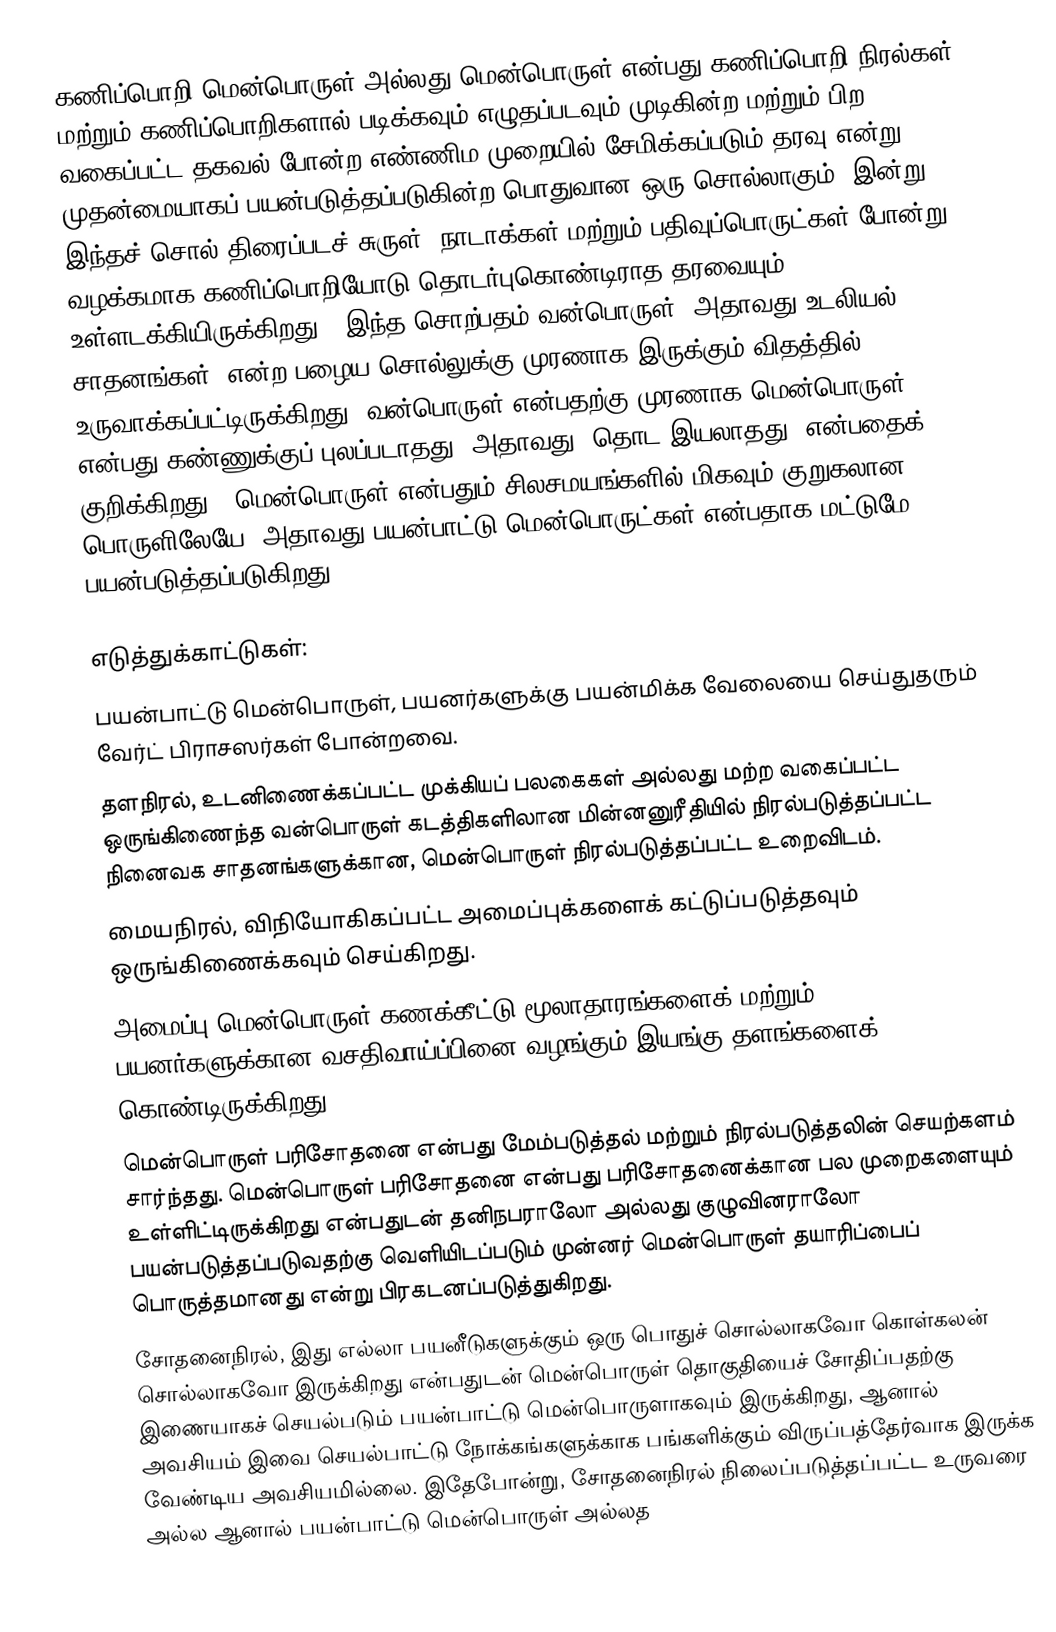
கணிப்பொறி மென்பொருள் அல்லது மென்பொருள் என்பது கணிப்பொறி நிரல்கள் மற்றும் கணிப்பொறிகளால் படிக்கவும் எழுதப்படவும் முடிகின்ற மற்றும் பிற வகைப்பட்ட தகவல் போன்ற எண்ணிம முறையில் சேமிக்கப்படும் தரவு என்று முதன்மையாகப் பயன்படுத்தப்படுகின்ற பொதுவான ஒரு சொல்லாகும். இன்று இந்தச் சொல் திரைப்படச் சுருள், நாடாக்கள் மற்றும் பதிவுப்பொருட்கள் போன்று வழக்கமாக கணிப்பொறியோடு தொடர்புகொண்டிராத தரவையும் உள்ளடக்கியிருக்கிறது.. இந்த சொற்பதம் வன்பொருள் (அதாவது உடலியல் சாதனங்கள்) என்ற பழைய சொல்லுக்கு முரணாக இருக்கும் விதத்தில் உருவாக்கப்பட்டிருக்கிறது; வன்பொருள் என்பதற்கு முரணாக மென்பொருள் என்பது கண்ணுக்குப் புலப்படாதது, அதாவது "தொட இயலாதது" என்பதைக் குறிக்கிறது.. மென்பொருள் என்பதும் சிலசமயங்களில் மிகவும் குறுகலான பொருளிலேயே, அதாவது பயன்பாட்டு மென்பொருட்கள் என்பதாக மட்டுமே பயன்படுத்தப்படுகிறது.

எடுத்துக்காட்டுகள்:
 பயன்பாட்டு மென்பொருள், பயனர்களுக்கு பயன்மிக்க வேலையை செய்துதரும் வேர்ட் பிராசஸர்கள் போன்றவை.
 தளநிரல், உடனிணைக்கப்பட்ட முக்கியப் பலகைகள் அல்லது மற்ற வகைப்பட்ட ஒருங்கிணைந்த வன்பொருள் கடத்திகளிலான மின்னனுரீதியில் நிரல்படுத்தப்பட்ட நினைவக சாதனங்களுக்கான, மென்பொருள் நிரல்படுத்தப்பட்ட உறைவிடம்.
 மையநிரல், விநியோகிகப்பட்ட அமைப்புக்களைக் கட்டுப்படுத்தவும் ஒருங்கிணைக்கவும் செய்கிறது.
 அமைப்பு மென்பொருள் கணக்கீட்டு மூலாதாரங்களைக் மற்றும் பயனர்களுக்கான வசதிவாய்ப்பினை வழங்கும் இயங்கு தளங்களைக் கொண்டிருக்கிறது .
 மென்பொருள் பரிசோதனை என்பது மேம்படுத்தல் மற்றும் நிரல்படுத்தலின் செயற்களம் சார்ந்தது. மென்பொருள் பரிசோதனை என்பது பரிசோதனைக்கான பல முறைகளையும் உள்ளிட்டிருக்கிறது என்பதுடன் தனிநபராலோ அல்லது குழுவினராலோ பயன்படுத்தப்படுவதற்கு வெளியிடப்படும் முன்னர் மென்பொருள் தயாரிப்பைப் பொருத்தமானது என்று பிரகடனப்படுத்துகிறது.
 சோதனைநிரல், இது எல்லா பயனீடுகளுக்கும் ஒரு பொதுச் சொல்லாகவோ கொள்கலன் சொல்லாகவோ இருக்கிறது என்பதுடன் மென்பொருள் தொகுதியைச் சோதிப்பதற்கு இணையாகச் செயல்படும் பயன்பாட்டு மென்பொருளாகவும் இருக்கிறது, ஆனால் அவசியம் இவை செயல்பாட்டு நோக்கங்களுக்காக பங்களிக்கும் விருப்பத்தேர்வாக இருக்க வேண்டிய அவசியமில்லை. இதேபோன்று, சோதனைநிரல் நிலைப்படுத்தப்பட்ட உருவரை அல்ல ஆனால் பயன்பாட்டு மென்பொருள் அல்லத